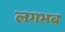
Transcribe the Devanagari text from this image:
लगभब